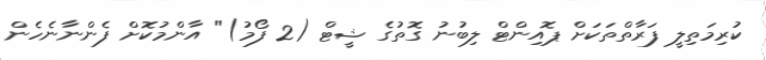
ކުރިމަތިލީ ފަރާތްތަކަށް ޕޮއިންޓް ލިބުނު ގޮތުގެ ޝީޓް (2 ފޯމު)" އާންމުކޮށް ފެންނާނެހެން